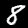
Digit: 8